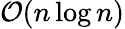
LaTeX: {\mathcal{O}}(n\log n)